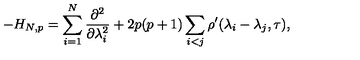
- H _ { N , p } = \sum _ { i = 1 } ^ { N } \frac { \partial ^ { 2 } } { \partial \lambda _ { i } ^ { 2 } } + 2 p ( p + 1 ) \sum _ { i < j } \rho ^ { \prime } ( \lambda _ { i } - \lambda _ { j } , \tau ) ,